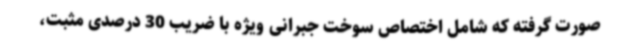
صورت گرفته که شامل اختصاص سوخت جبرانی ویژه با ضریب 30 درصدی مثبت،